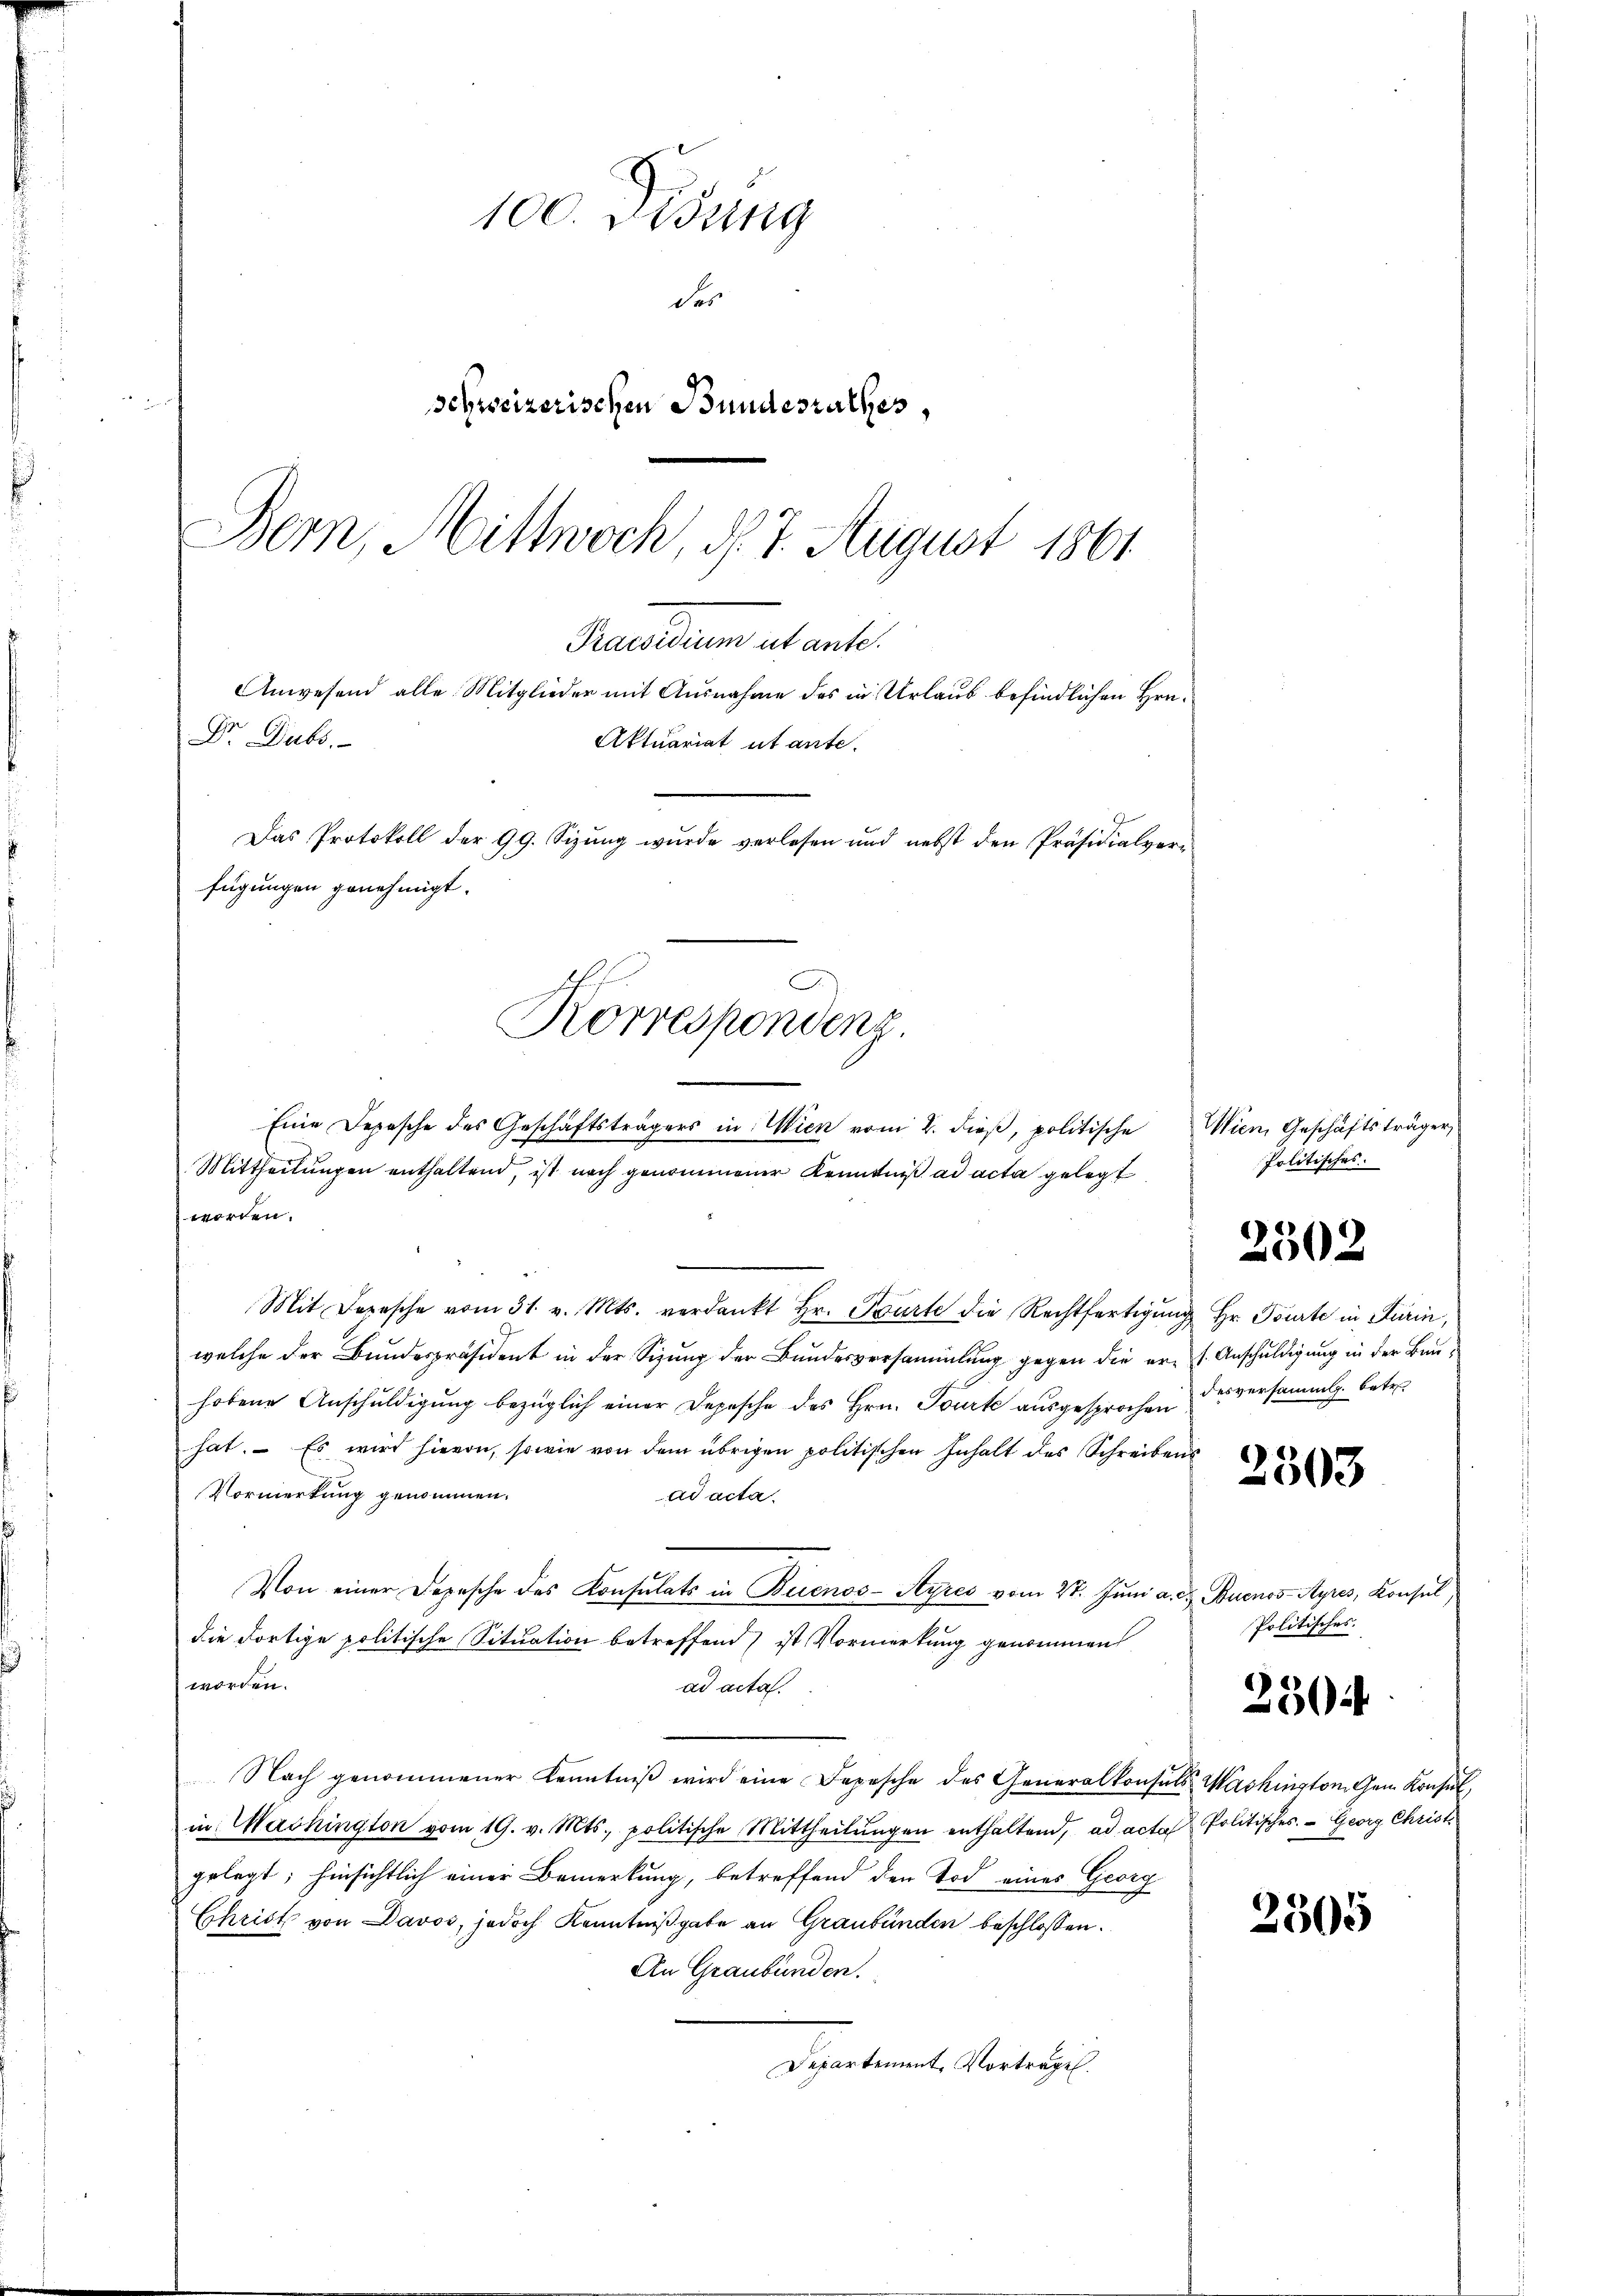
100. Disung
der
schweizerischen Bundesrathes,
Bern, Mittwoch, d. 7. August 1861

Praesidium ut ante.
Anwesend alle Mitglieder mit Ausnahme des in Urlaub befindlichen Hrn¬
Dr. Dubs.
fügungen genehmigt.
Korrespondenz.
Eine Depesche des Geschäftsträgers in Wien vom 2. dieβ, politische Wien Geschäftsträger,

Aktuariat ut ante.
Das Protokoll der 99. Sizŭng wurde verlesen und nebst den Präsidialver-

Mittheilungen enthaltend, ist noch genommener Kenntniß ad acta gelegt
worden.
Mit Depesche vom 31. v. Mts. verdankt Hr. Tourte die Rechtfertigŭng Hr. Tourte in Turin,
welche der Bundespräsident in der Sizung der Bundesversammlung gegen die er s. Anschuldigung in der Bauhobene Anschuldigung bezüglich einer Depesche des Hrn. Tourte aŭsgesprochen des versammlg. betr
hat. – Es wird hievon, sowie von dem übrigen politischen Inhalt des Schreibens
Vormerkung genommen.
ad acta.
Von einer Depesche des Konsulats in Buenos-Ayres vom 27. Juni a. d. Buenos-Ayres, Konsul
die dortige politische Situation betreffend ist Vormerkung genommen
worden.
ad acta.
Nach genommener Kenntniβ wird eine Depesche des Generalkonsuls Washington Gem. Konsul,
in Washington vom 19. v. Mts., politische Mittheilŭngen enthaltend, ad acta Politisches. — Georg Christgelegt; hinsichtlich einer Bemerkung, betreffend den Tod eines Georg
Christ von Davos, jedoch Kenntnißgabe an Graubünden beschlossen:
An Graubünden.
Departement, Vorträge.

Politisches

2502

2503

Politisches.

2504

2305